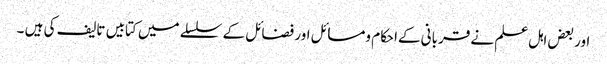
اور بعض اہل علم نے قربانی کےاحکام ومسائل اور فضائل کے سلسلے میں کتابیں تالیف کی ہیں ۔